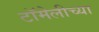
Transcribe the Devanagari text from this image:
टॉमेलीच्या